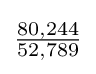
{\tfrac {80,244}{52,789}}